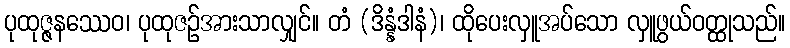
ပုထုဇ္ဇနဿေဝ၊ ပုထုဇဉ်အားသာလျှင်။ တံ (ဒိန္နံဒါနံ)၊ ထိုပေးလှူအပ်သော လှူဖွယ်ဝတ္ထုသည်။